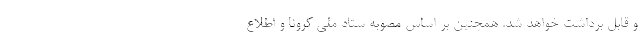
و قابل برداشت خواهد شد. همچنین بر اساس مصوبه ستاد ملی کرونا و اطلاع